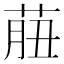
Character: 𦱙